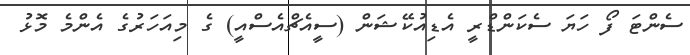
ސެންޓަ ފޯ ހަޔަ ސެކަންޑްރީ އެޑިއުކޭޝަން (ސީއެޗްއެސްއީ) ގެ މިއަހަރުގެ އެންމެ މޮޅު